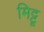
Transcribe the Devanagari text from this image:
मिट्टू